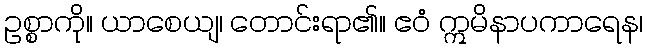
ဥစ္စာကို။ ယာစေယျ၊ တောင်းရာ၏။ ဧဝံ ဣမိနာပကာရေန၊